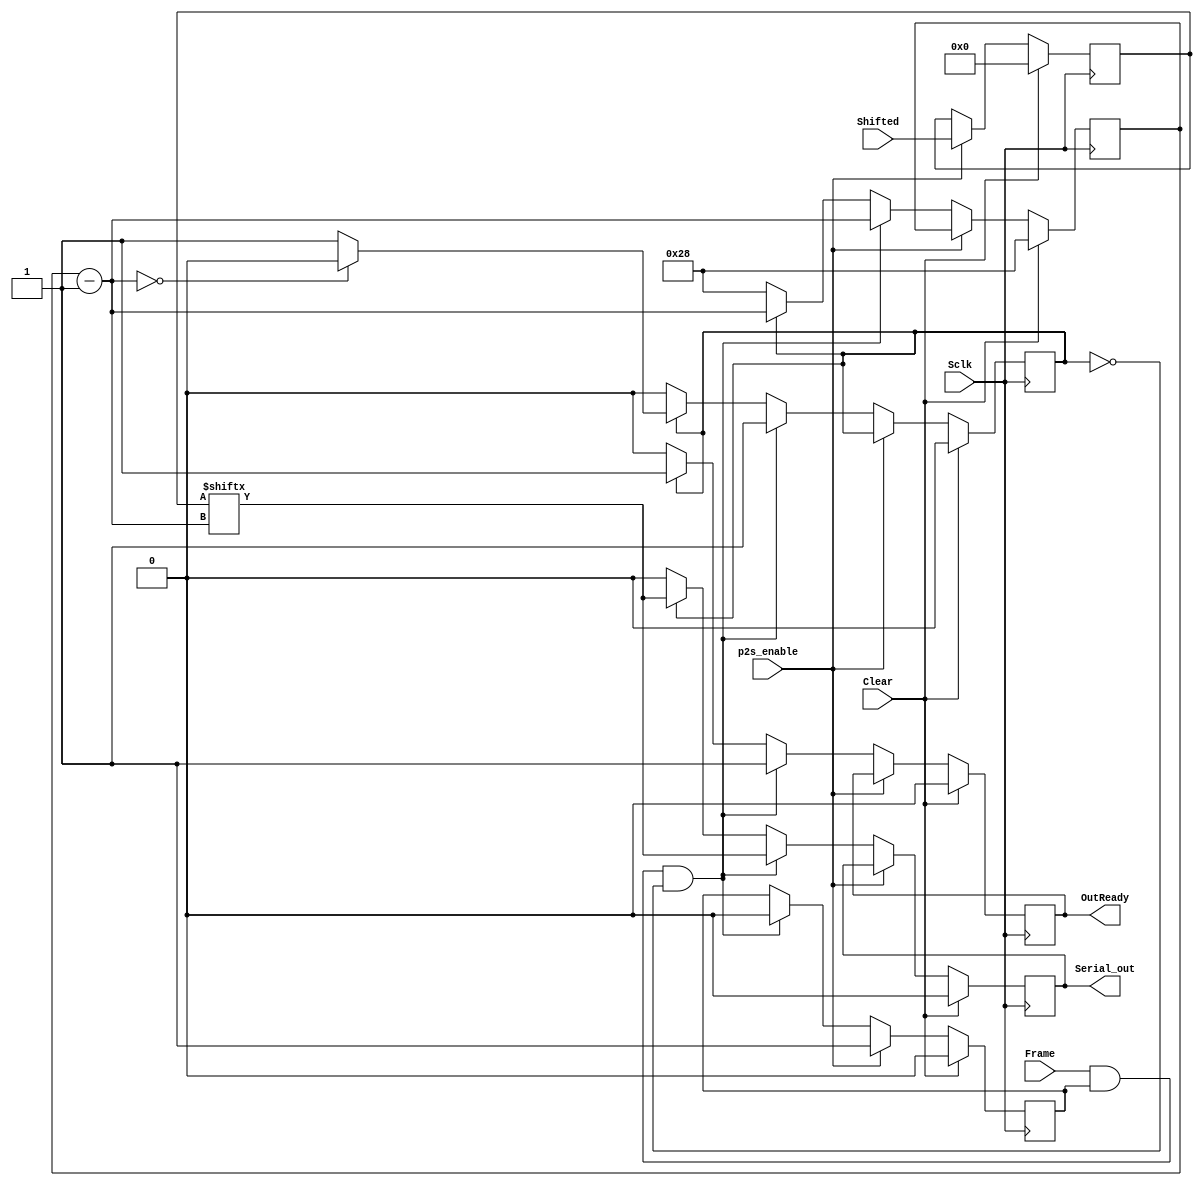
module PISO (Sclk, Clear, Frame, Shifted, Serial_out, p2s_enable, OutReady);
input Sclk, Clear, p2s_enable, Frame;
input [39:0] Shifted;
output reg Serial_out, OutReady;
reg [5:0] bit_count; 
reg out_rdy, frame_flag;
reg [39:0] piso_reg;
	always @(negedge Sclk)
	begin
		if(Clear == 1'b1)
		begin
			bit_count = 6'd40;
			piso_reg = 40'd0;
			out_rdy = 1'b0;
			frame_flag = 1'b0;
			OutReady = 1'b0;
			Serial_out = 1'b0;
		end
		else if (p2s_enable == 1'b1)
		begin
			piso_reg = Shifted;
			out_rdy = 1'b1;
		end
		else if (Frame == 1'b1 && out_rdy == 1'b1 && frame_flag == 1'b0)
		begin
			bit_count = bit_count - 1'b1;
			Serial_out = piso_reg [bit_count];
			frame_flag = 1'b1;
			out_rdy = 1'b0;
			OutReady = 1'b1;
		end
		else if (frame_flag == 1'b1)
		begin
			bit_count = bit_count - 1'b1;
			Serial_out = piso_reg [bit_count];
			OutReady = 1'b1;
			if (bit_count == 6'd0)
				frame_flag = 1'b0;
		end
		else
		begin
			bit_count = 6'd40;
			Serial_out = 1'b0;
			OutReady = 1'b0;
		end
	end
endmodule